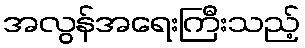
အလွန်အရေးကြီးသည့်